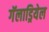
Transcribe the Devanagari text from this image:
गॅलाड्रियेल